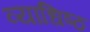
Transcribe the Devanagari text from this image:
व्याधिष्ठ